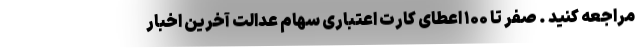
مراجعه کنید . صفر تا ۱۰۰ اعطای کارت اعتباری سهام عدالت آخرین اخبار